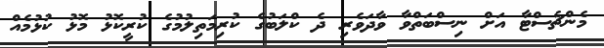
މެންޗެސްޓާ އަށް ނިސްބަތްވާ ވާދަވެރި ދެ ކްލަބުގެ ކުރިމަތިލުމުގެ ކުރީކޮޅު މޮޅު ކުޅުމެއް